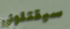
سيقتلوني